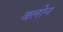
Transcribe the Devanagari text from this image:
बलोन